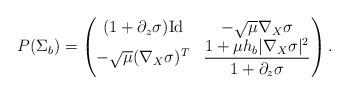
LaTeX: \begin{align*}P(\Sigma_b)=\begin{pmatrix} (1+\partial_z \sigma )\mathrm{Id} & -\sqrt{\mu} \nabla_X \sigma \\-\sqrt{\mu}(\nabla_X \sigma)^T & \dfrac{1+ \mu h_b|\nabla_X\sigma|^2}{1+\partial_z \sigma} \end{pmatrix}.\end{align*}